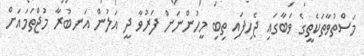
މަސްތުވާތަކެތީގެ ވަބާގައި ޖެހިފައި ތިބި މީހުންނަށް ފަރުވާ ދީ އަލުން އަނބުރާ މުޖްތަމައަށް